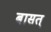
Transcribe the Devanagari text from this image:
बासत्